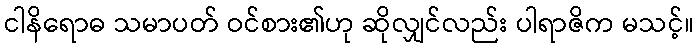
ငါနိရောဓ သမာပတ် ဝင်စား၏ဟု ဆိုလျှင်လည်း ပါရာဇိက မသင့်။